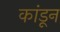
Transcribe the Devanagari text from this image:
कांडून